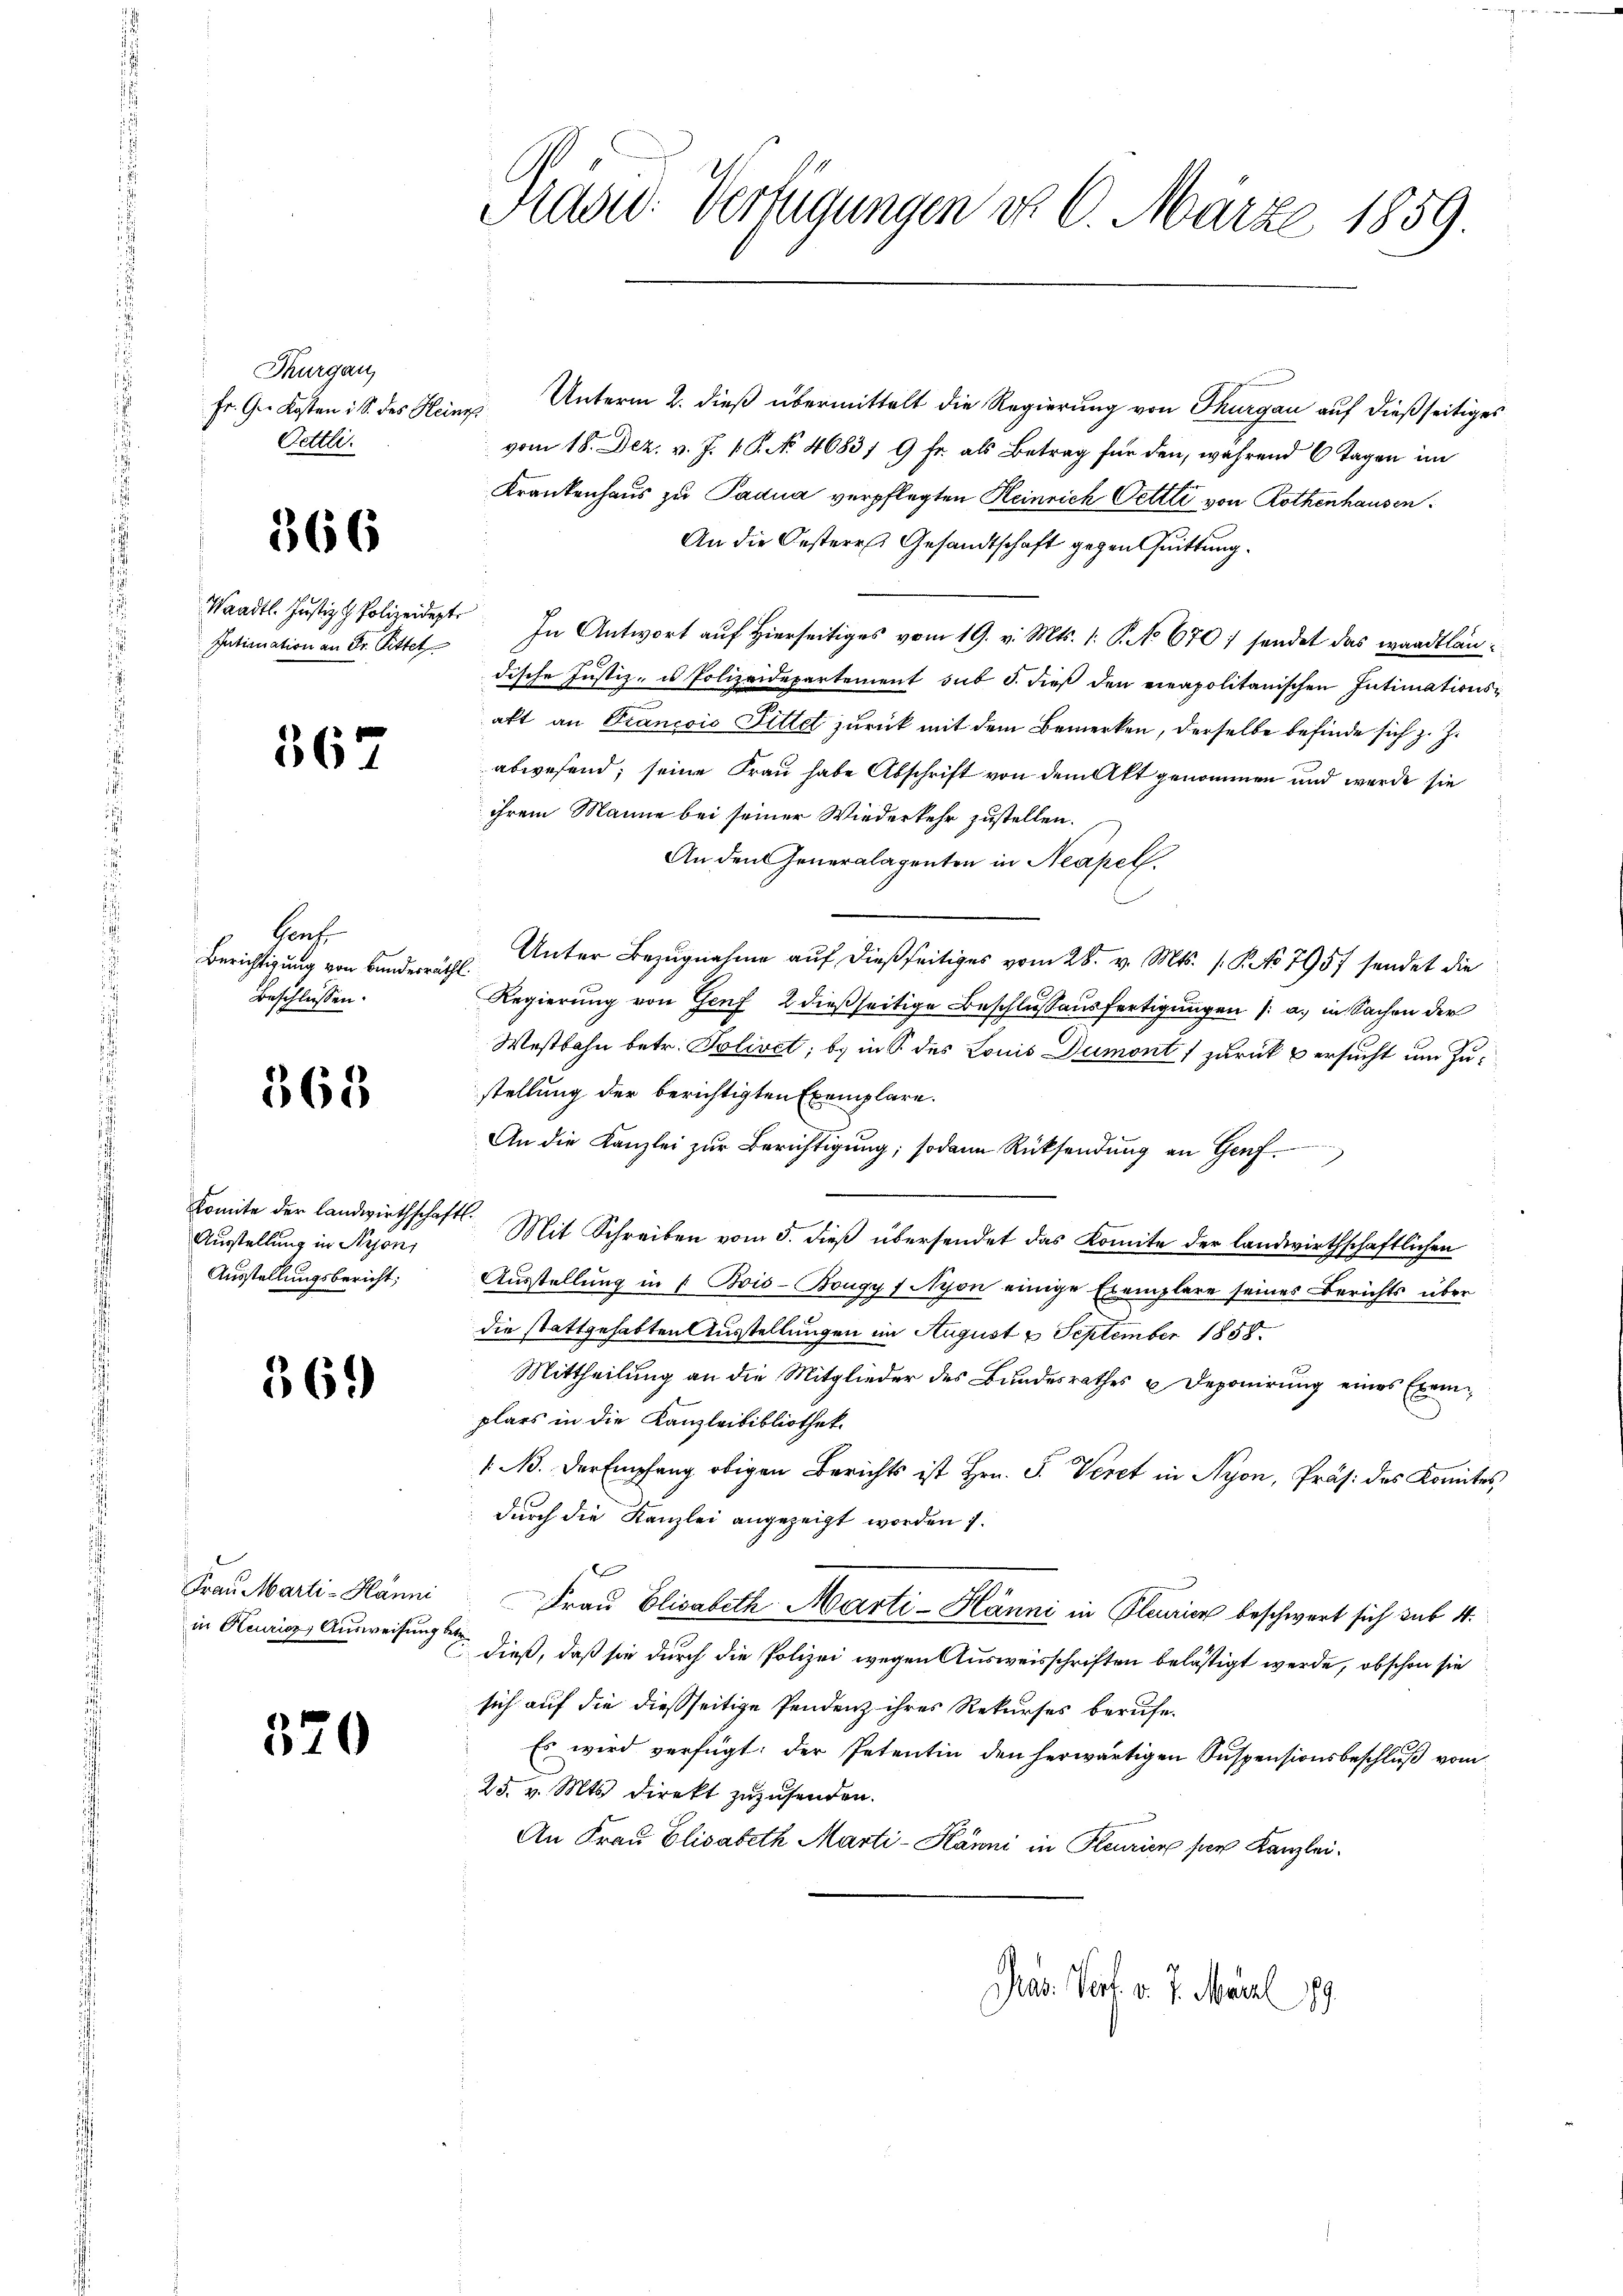
Thurgau,
Fr. Gr. Kosten i S. des Heir
Oettli.

366

Waadt. Justiz & Polizeidept
Iatianation an Dr. Pittet

367

Graf
Berichtigung von Bundesräth
Beschlüssen.

368

Komite der Landwirthschaftl.
Ausstellung in Krons
Ausstellungsbericht;

369)

Frau Marti-Hänni
in Keuricz, Ausweisung

320

Präsid. Verfügungen d. 6. März 1859.

ne Unterm 2. dieß übermittelt die Regierung von Thurgau auf dießseitiges
vom 18. Dez. v. J. 1. P. No 4683/ 9 Fr. als Betrag für den, während 6 Tagen im
Krankenhaus zu Padua verpflegten Heinrich Oettli von Rothenhausen
An die Oesteres Gesandtschaft gegen Quittung.
In Antwort auf hierseitiges vom 19. v. Mts. 1. P. No 670: sendet das waadtländische Justiz- u Polizeidepartement sub S. dieβ den einapolitanischen Intimationsakt an Francois Pittel zurück mit dem Bemerken, derselbe befinde sich z. Z.
abwesend, seine Frau habe Abschrift von dem Akt genommen und werde sie
ihrem Manne bei seiner Wiederkehr zustellen.
An den Generalagenten in Neapell.
Unter Bezugnahme auf dießseitiges vom 28. v. Mts. (P No 795 sendet die
.
Regierung von Genf, 2 dießseitige Beschlussausfertigungen /: a. in Sachen der
Westbahn betr. Polivet; b) in § des Louis Dumont) zurück versucht um Zustellung der berichtigten Exemplare.
An die Kanzlei zŭr Berichtigung; sodann Rücksendŭng an Genf
Mit Schreiben vom 5. dieß übersendet das Komite der landwirthschaftlichen
Ausstellung in 1 Bois-Bongy / Nyon einige Exemplare seines Berichts über
die stattgehabten Ausstellungen im August 2 September 1858.
Mittheilung an die Mitglieder des Bundesrathes u Deponirung eines Exemplars in die Kanzleibibliothek.
/A. der Empfang obigen Berichts ist Hrn. F. Veret in Nyon, Präs. des Komites,
durch die Kanzlei angezeigt worden 1.
1x
Frau Elisabeth Marti-Hänni in Steuricz beschwert sich sub 4
 dieß, daß sie durch die Polizei wegen Ausweisschriften belästigt werde, obschon sie
sich auf die dießseitige Pendenz ihres Rekurses berufe-
Es wird verfügt: der Petentin den herwärtigen Suspensionsbeschluß vom
25. v. Mts. direkt zuzusenden.
An Frau Elisabeth Marti-Känni in Feurier per Kanzlei.
Pas. Wert. v. 7. März 189